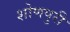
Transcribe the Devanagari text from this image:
शोणपुरी